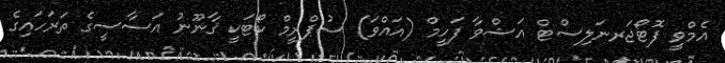
އެމްވީ ފޮޓޯޖަރނަލިސްޓް އަޝްވާ ފަހީމް (އައްވަ) ސުޕްރީމް ކޯޓަކީ ޤާނޫނު އަސާސީގެ ތަރަހައިގެ